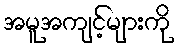
အမူအကျင့်များကို